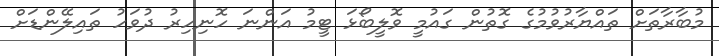
މުބާރާތަށް ތައްޔާރުވުމުގެ ގޮތުން ގައުމީ ވޮލީބޯޅަ ޓީމު އަންނަ ހޮނިހިރު ދުވަހު ތައިލޭންޑަށް